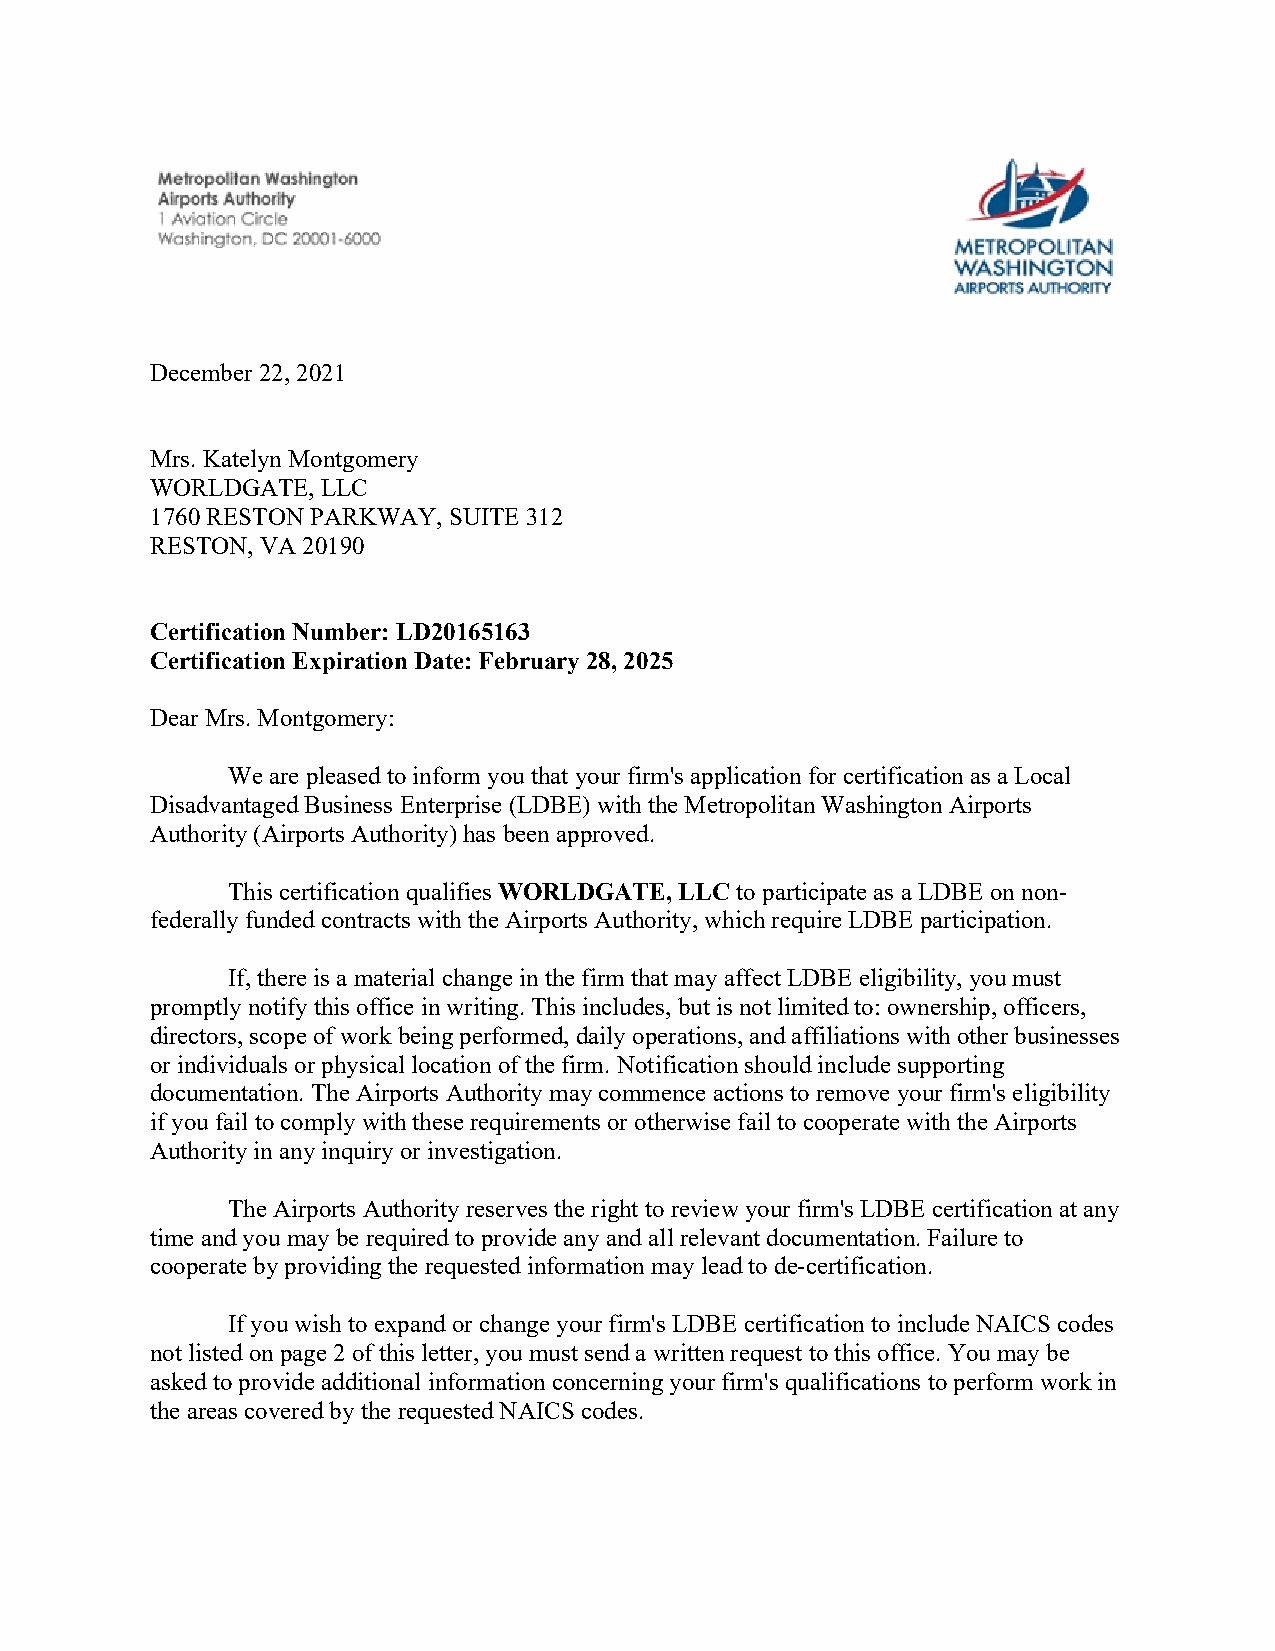
December 22, 2021
 Mrs. Katelyn Montgomery
 WORLDGATE, LLC
 1760 RESTON PARKWAY, SUITE 312
 RESTON, VA 20190
 Certification Number: LD20165163
 Certification Expiration Date: February 28, 2025
 Dear Mrs. Montgomery:
 We are pleased to inform you that your firm's application for certification as a Local
 Disadvantaged Business Enterprise (LDBE) with the Metropolitan Washington Airports
 Authority (Airports Authority) has been approved.
 This certification qualifies WORLDGATE, LLC to participate as a LDBE on non-
 federally funded contracts with the Airports Authority, which require LDBE participation.
 If, there is a material change in the firm that may affect LDBE eligibility, you must
 promptly notify this office in writing. This includes, but is not limited to: ownership, officers,
 directors, scope of work being performed, daily operations, and affiliations with other businesses
 or individuals or physical location of the firm. Notification should include supporting
 documentation. The Airports Authority may commence actions to remove your firm's eligibility
 if you fail to comply with these requirements or otherwise fail to cooperate with the Airports
 Authority in any inquiry or investigation.
 The Airports Authority reserves the right to review your firm's LDBE certification at any
 time and you may be required to provide any and all relevant documentation. Failure to
 cooperate by providing the requested information may lead to de-certification.
 If you wish to expand or change your firm's LDBE certification to include NAICS codes
 not listed on page 2 of this letter, you must send a written request to this office. You may be
 asked to provide additional information concerning your firm's qualifications to perform work in
 the areas covered by the requested NAICS codes.